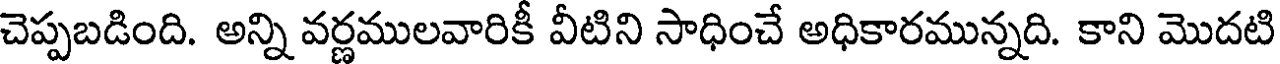
చెప్పబడింది. అన్ని వర్ణములవారికీ వీటిని సాధించే అధికారమున్నది. కాని మొదటి